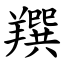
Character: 䍻